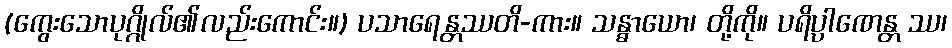
(ကွေးသောပုဂ္ဂိုလ်၏လည်းကောင်း။) ပသာရေန္တဿတိ-ကား။ သန္ဓာယော၊ တို့ကို။ ပရိပ္ပါဏေန္တ ဿ၊